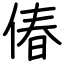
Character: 偆